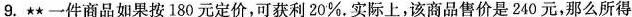
9.**一件商品如果按180元定价，可获利20%。实际上，该商品售价是240元，那么所得